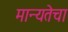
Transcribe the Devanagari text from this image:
मान्यतेचा